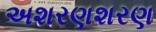
અશરણશરણ